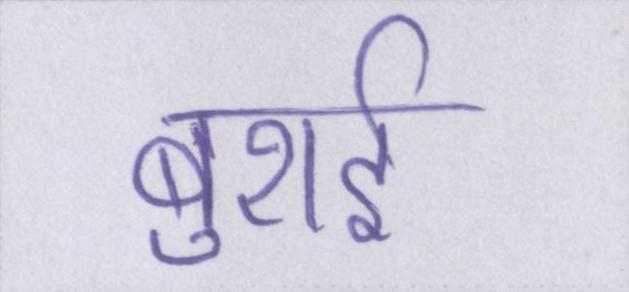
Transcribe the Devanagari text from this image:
बुराई